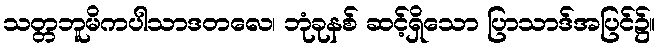
သတ္တဘူမိကပါသာဒတလေ၊ ဘုံခုနစ် ဆင့်ရှိသော ပြာသာဒ်အပြင်၌။